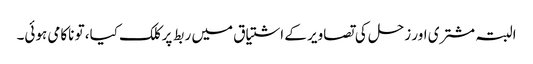
البتہ مشتری اور زحل کی تصاویر کے اشتیاق میں ربط پر کلک کیا، تو ناکامی ہوئی۔